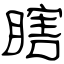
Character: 瞎